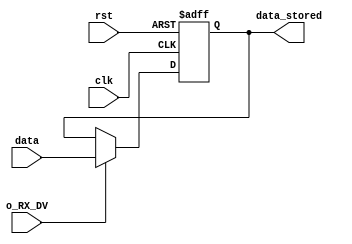
`timescale 1ns / 1ps
//////////////////////////////////////////////////////////////////////////////////
// Company: 
// 
// Design Name: 
// Module Name: Slave_buttons
// Project Name: 
// Target Devices: 
// Tool Versions: 
// Description: 
// 
// Dependencies: 
// 
// Revision:
// Revision 0.01 - File Created
// Additional Comments:
// 
//////////////////////////////////////////////////////////////////////////////////


module Slave_buttons(
    input wire clk,rst,
    input wire o_RX_DV,
    input wire [3:0] data,
    output reg [3:0] data_stored //Dato che verr poi spachettato in {sw_start, restart, window cellar, window manor} e inviato a system core
    );
    
    always@ (posedge  clk, posedge rst)
    if(rst) data_stored <= 4'b0000;
    else if(o_RX_DV) data_stored <= data;
    
endmodule